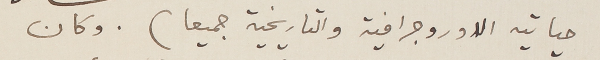
حياتيه الاوروجرافية والتاريخية جميعا). وكان